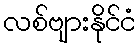
လစ်ဗျားနိုင်ငံ